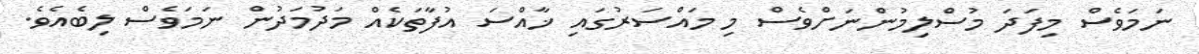
ނަމަވެސް މިފަދަ މުސްލިމުންނަށްވެސް މި މައްސަރުގައި ޚާއްސަ އުފާތަކެއް މަދުމަދުން ނަމަވެސް ލިބެއެވެ.